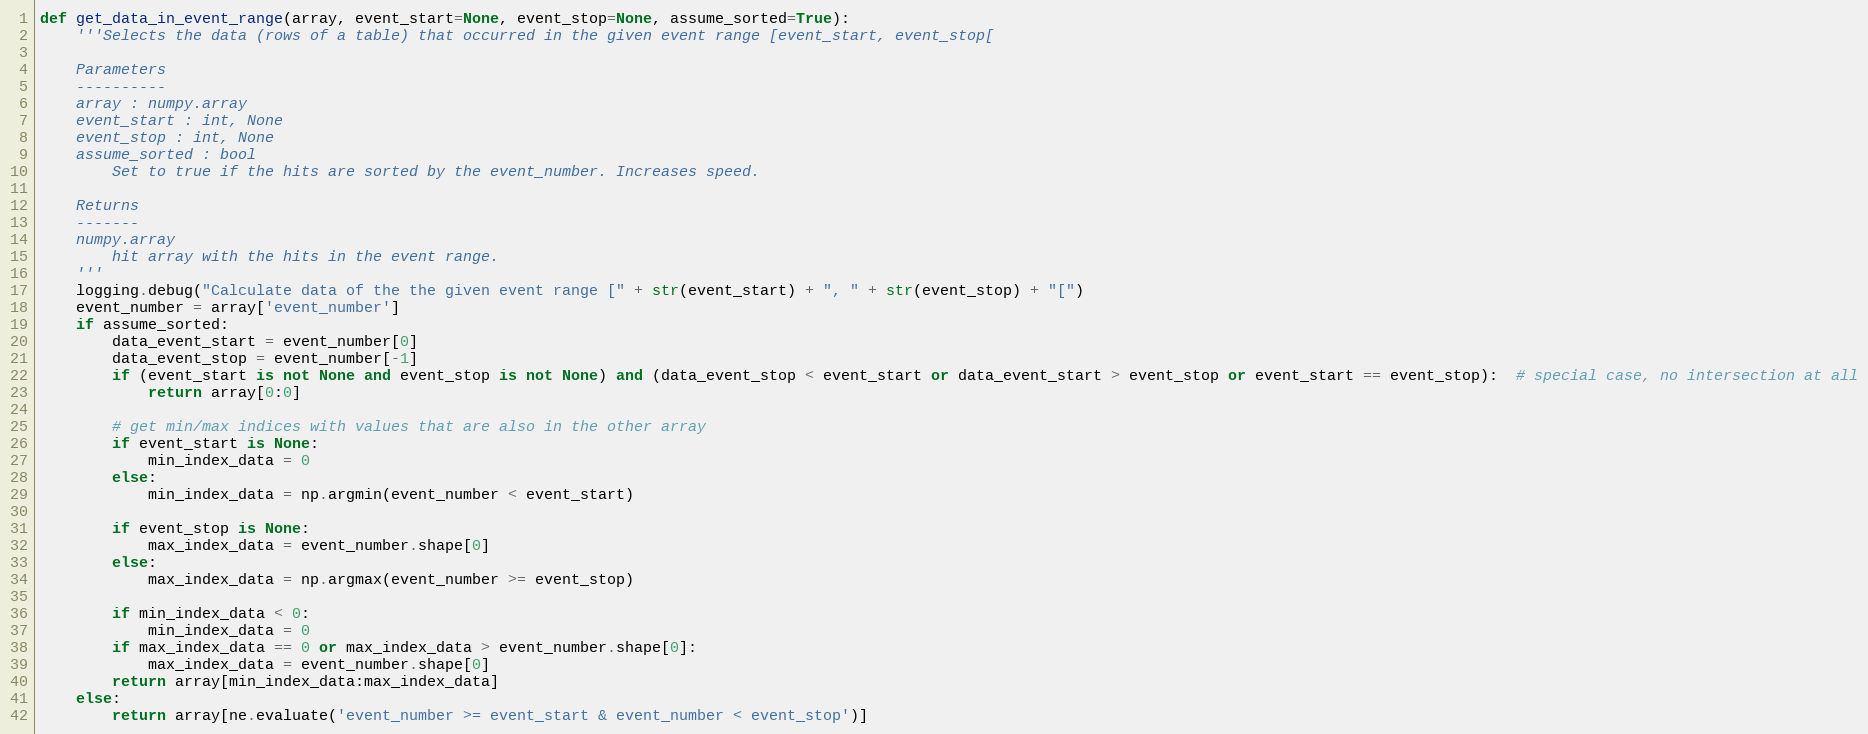
Language: Python
def get_data_in_event_range(array, event_start=None, event_stop=None, assume_sorted=True):
    '''Selects the data (rows of a table) that occurred in the given event range [event_start, event_stop[

    Parameters
    ----------
    array : numpy.array
    event_start : int, None
    event_stop : int, None
    assume_sorted : bool
        Set to true if the hits are sorted by the event_number. Increases speed.

    Returns
    -------
    numpy.array
        hit array with the hits in the event range.
    '''
    logging.debug("Calculate data of the the given event range [" + str(event_start) + ", " + str(event_stop) + "[")
    event_number = array['event_number']
    if assume_sorted:
        data_event_start = event_number[0]
        data_event_stop = event_number[-1]
        if (event_start is not None and event_stop is not None) and (data_event_stop < event_start or data_event_start > event_stop or event_start == event_stop):  # special case, no intersection at all
            return array[0:0]

        # get min/max indices with values that are also in the other array
        if event_start is None:
            min_index_data = 0
        else:
            min_index_data = np.argmin(event_number < event_start)

        if event_stop is None:
            max_index_data = event_number.shape[0]
        else:
            max_index_data = np.argmax(event_number >= event_stop)

        if min_index_data < 0:
            min_index_data = 0
        if max_index_data == 0 or max_index_data > event_number.shape[0]:
            max_index_data = event_number.shape[0]
        return array[min_index_data:max_index_data]
    else:
        return array[ne.evaluate('event_number >= event_start & event_number < event_stop')]